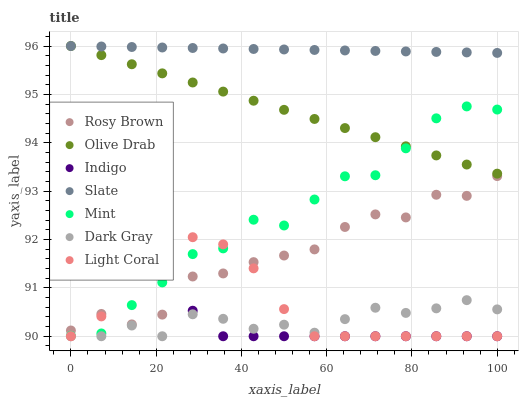
| xaxis_label | Rosy Brown | Olive Drab | Indigo | Slate | Mint | Dark Gray | Light Coral |
 | --- | --- | --- | --- | --- | --- | --- | --- |
 | 0 | 90.1 | 96 | 92.8 | 96 | 90 | 90 | 90 |
 | 7.14 | 90.5 | 95.8 | 92.8 | 96 | 90.1 | 90 | 90.4 |
 | 14.3 | 90.2 | 95.6 | 92.3 | 96 | 90.6 | 90.2 | 91.3 |
 | 21.4 | 90.4 | 95.4 | 91.6 | 96 | 91.1 | 90 | 91.8 |
 | 28.6 | 91.2 | 95.2 | 90.5 | 96 | 91.7 | 90.5 | 92 |
 | 35.7 | 91.3 | 95.1 | 90 | 95.9 | 91.8 | 90.4 | 91.9 |
 | 42.9 | 91.5 | 94.9 | 90 | 95.9 | 92.4 | 90.2 | 91.4 |
 | 50 | 91.7 | 94.7 | 90 | 95.9 | 92.3 | 90.2 | 90.6 |
 | 57.1 | 91.8 | 94.5 | 90 | 95.9 | 92.8 | 90.1 | 90 |
 | 64.3 | 92.3 | 94.3 | 90 | 95.9 | 93.3 | 90.4 | 90 |
 | 71.4 | 92.5 | 94.1 | 90 | 95.9 | 93.3 | 90.6 | 90 |
 | 78.6 | 92.5 | 93.9 | 90 | 95.9 | 93.9 | 90.5 | 90 |
 | 85.7 | 92.9 | 93.7 | 90 | 95.9 | 94.5 | 90.6 | 90 |
 | 92.9 | 92.9 | 93.5 | 90 | 95.9 | 94.8 | 90.7 | 90 |
 | 100 | 93.3 | 93.4 | 90 | 95.9 | 94.7 | 90.6 | 90 |